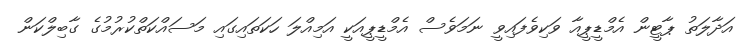
އަދާލަތު ޕާޓީން އެމްޑީޕީއާ ވަކިވެފައިވީ ނަމަވެސް އެމްޑީޕީއަކީ އަމިއްލަ ހަކަތައިގައި މަސައްކަތްކުރުމުގެ ގާބިލްކަން